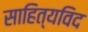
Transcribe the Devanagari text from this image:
साहित्यविद